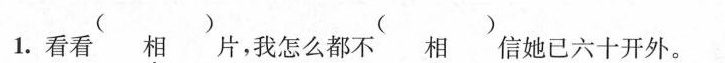
1.看看相”片，我怎么都不`相'信她已六十开外。